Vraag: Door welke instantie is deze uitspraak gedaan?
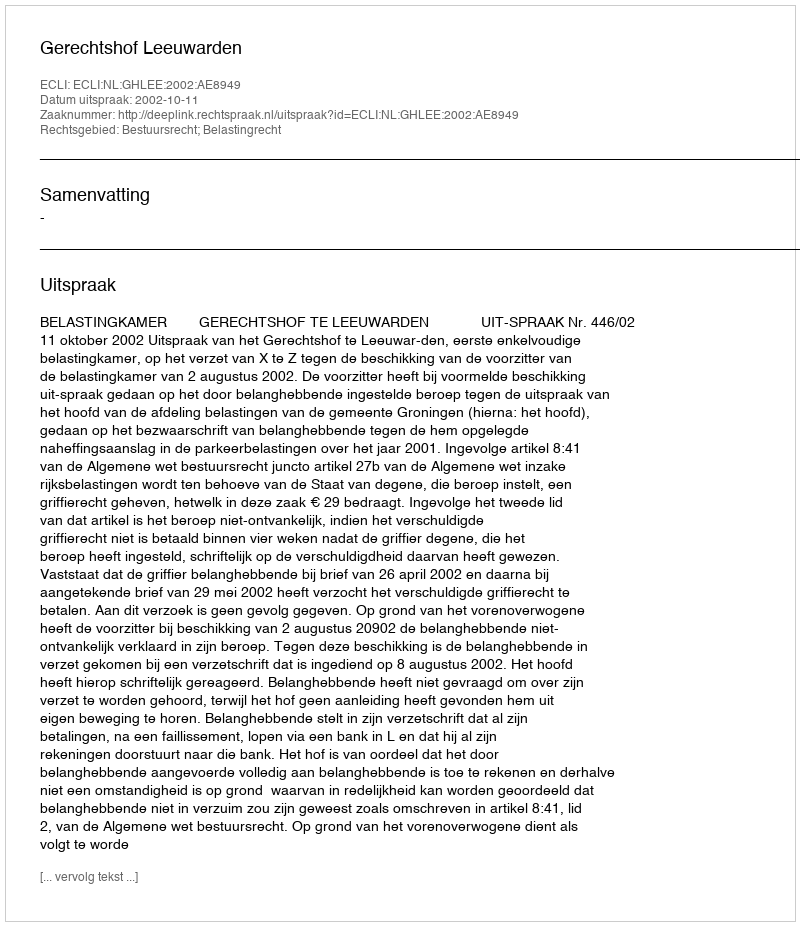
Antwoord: Gerechtshof Leeuwarden